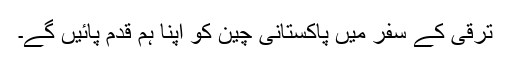
ترقی کے سفر میں پاکستانی چین کو اپنا ہم قدم پائیں گے۔